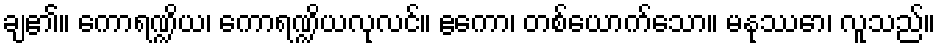
ချ၏။ ကောရဏ္ဍိယ၊ ကောရဏ္ဍိယလုလင်။ ဧကော၊ တစ်ယောက်သော။ မနုဿော၊ လူသည်။